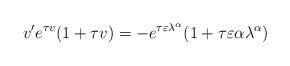
LaTeX: \begin{align*} v' e^{\tau v}(1 + \tau v) = -e^{\tau \varepsilon \lambda^\alpha}(1 + \tau \varepsilon\alpha \lambda^\alpha) \end{align*}